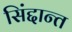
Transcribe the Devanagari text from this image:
सिंद्दान्त